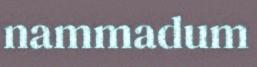
nammadum